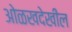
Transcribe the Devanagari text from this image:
ओळखदेखील